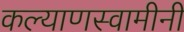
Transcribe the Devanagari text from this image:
कल्याणस्वामीनी